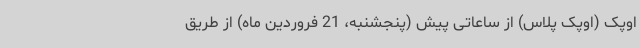
اوپک (اوپک پلاس) از ساعاتی پیش (پنجشنبه، 21 فروردین ماه) از طریق